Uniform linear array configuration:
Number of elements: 8
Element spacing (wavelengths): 0.75
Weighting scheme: hamming
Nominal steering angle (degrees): -60
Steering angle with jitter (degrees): -59.077
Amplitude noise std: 0.05
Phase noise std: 0.05

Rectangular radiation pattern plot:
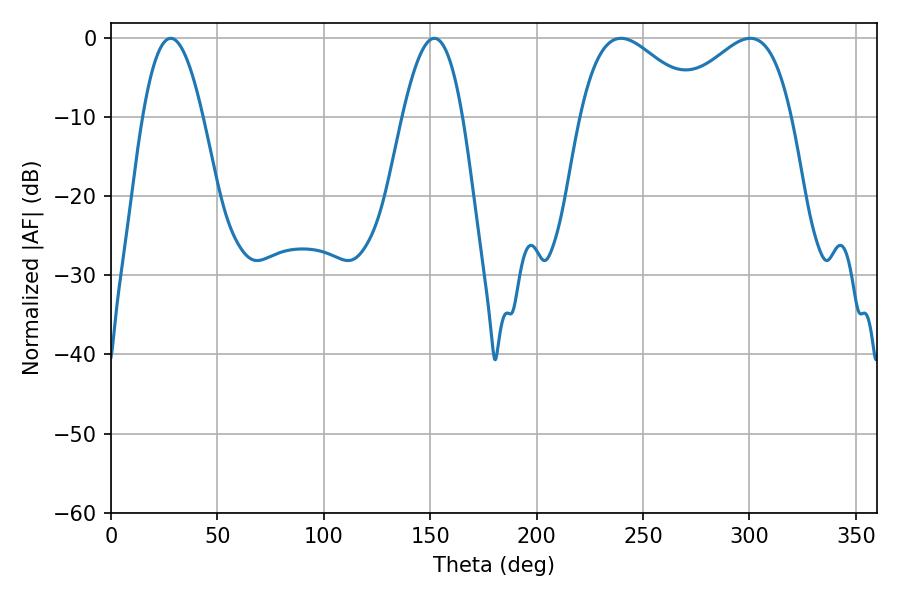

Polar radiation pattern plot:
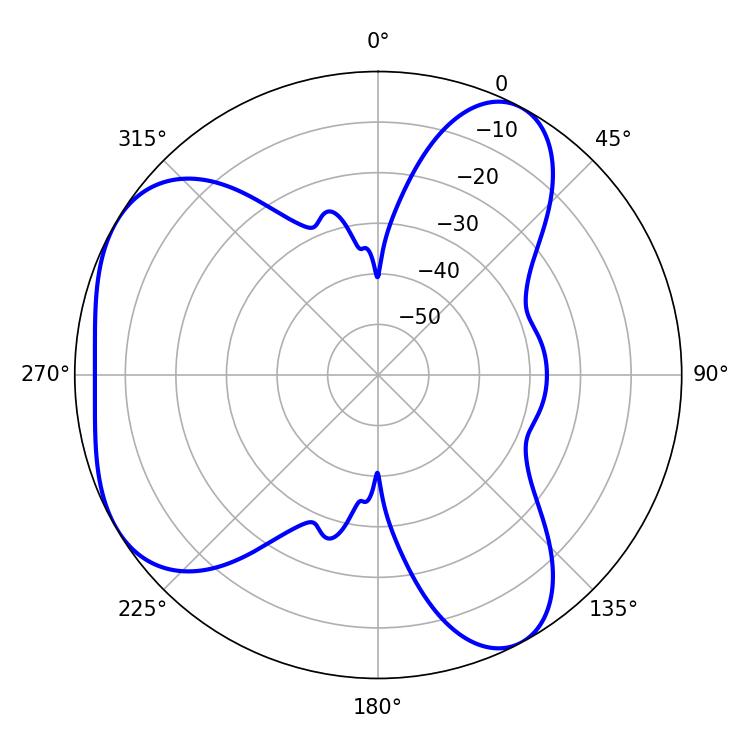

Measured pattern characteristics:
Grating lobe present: TRUE
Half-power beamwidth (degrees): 15.3
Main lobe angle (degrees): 28.08